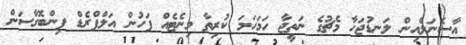
އާސެނަލްއިން ލަނޑުޖަހާ މެޗުގެ ނަތީޖާ ހަމަހަމަ ކުރިތާ މިނެޓެއް ފަހުން އަލްފްރެޑް ފިންބޮގާސަން